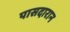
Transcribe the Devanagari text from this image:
पासदारान